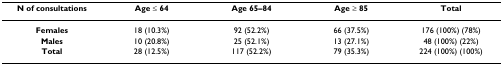
<table><thead><tr><td><b>N of consultations</b></td><td><b>Age ≤ 64</b></td><td><b>Age 65–84</b></td><td><b>Age ≥ 85</b></td><td><b>Total</b></td></tr></thead><tbody><tr><td><b>Females</b></td><td>18 (10.3%)</td><td>92 (52.2%)</td><td>66 (37.5%)</td><td>176 (100%) (78%)</td></tr><tr><td><b>Males</b></td><td>10 (20.8%)</td><td>25 (52.1%)</td><td>13 (27.1%)</td><td>48 (100%) (22%)</td></tr><tr><td><b>Total</b></td><td>28 (12.5%)</td><td>117 (52.2%)</td><td>79 (35.3%)</td><td>224 (100%) (100%)</td></tr></tbody></table>